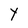
Character: Y